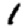
Digit: 1